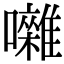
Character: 囃